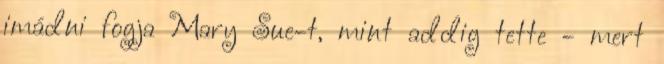
imádni fogja Mary Sue-t, mint addig tette - mert